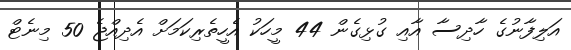
އަލިފާނުގެ ހާދިސާ އާއި ގުޅިގެން 44 މީހަކު އެހީތެރިކަމަށް އެދިއްޖެ 50 މިނެޓް